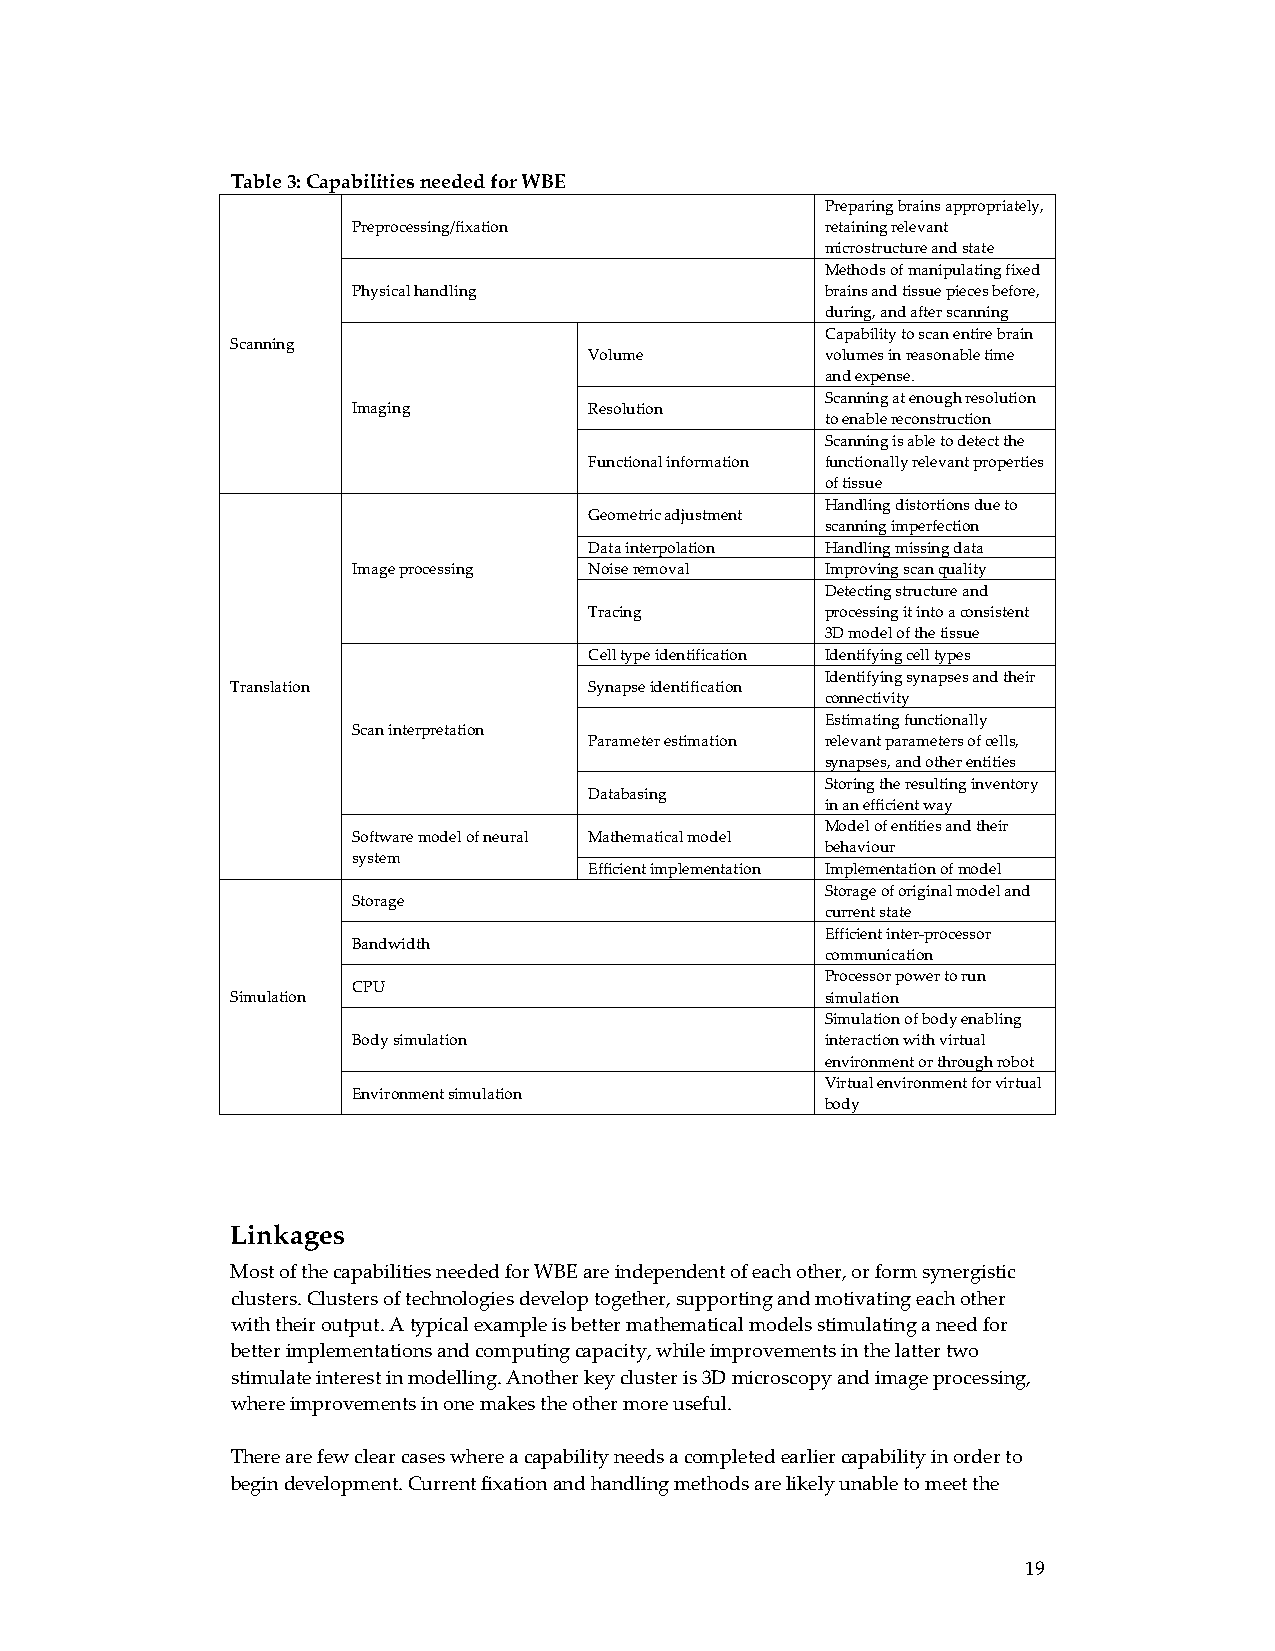
Table 3: Capabilities needed for WBE
 Preparing brains appropriately,
 Preprocessing/fixation          retaining relevant
 microstructure and state
 Methods of manipulating fixed
 Physical handling               brains and tissue pieces before,
 during, and after scanning
 Capability to scan entire brain
 Scanning
 Volume          volumes in reasonable time
 and expense.
 Scanning at enough resolution
 Imaging         Resolution
 to enable reconstruction
 Scanning is able to detect the
 Functional information functionally relevant properties
 of tissue
 Handling distortions due to
 Geometric adjustment
 scanning imperfection
 Data interpolation Handling missing data
 Image processing Noise removal  Improving scan quality
 Detecting structure and
 Tracing         processing it into a consistent
 3D model of the tissue
 Cell type identification Identifying cell types
 Identifying synapses and their
 Translation             Synapse identification
 connectivity
 Estimating functionally
 Scan interpretation
 Parameter estimation relevant parameters of cells,
 synapses, and other entities
 Storing the resulting inventory
 Databasing
 in an efficient way
 Model of entities and their
 Software model of neural Mathematical model
 behaviour
 system
 Efficient implementation Implementation of model
 Storage of original model and
 Storage
 current state
 Efficient inter‐processor
 Bandwidth
 communication
 Processor power to run
 CPU
 Simulation                              simulation
 Simulation of body enabling
 Body simulation                 interaction with virtual
 environment or through robot
 Virtual environment for virtual
 Environment simulation
 body
 Linkages
 Most of the capabilities needed for WBE are independent of each other, or form synergistic
 clusters. Clusters of technologies develop together, supporting and motivating each other
 with their output. A typical example is better mathematical models stimulating a need for
 better implementations and computing capacity, while improvements in the latter two
 stimulate interest in modelling. Another key cluster is 3D microscopy and image processing,
 where improvements in one makes the other more useful.
 There are few clear cases where a capability needs a completed earlier capability in order to
 begin development. Current fixation and handling methods are likely unable to meet the
 19